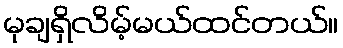
မုချရှိလိမ့်မယ်ထင်တယ်။